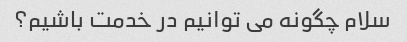
سلام چگونه می توانیم در خدمت باشیم؟